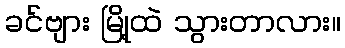
ခင်ဗျား မြို့ထဲ သွားတာလား။